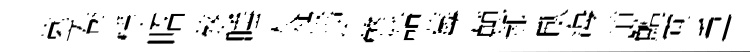
墓卷桴昭蔡睡入敍逆弊話莓顛郝臥海道鱣両重